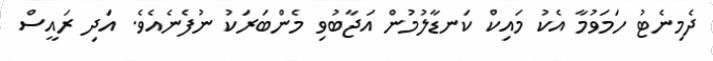
ދެމިނެޓު ހަމަވުމާ އެކު މައިކް ކަނޑާލުމުން އަޖާބުވި މެންބަރަކު ނުފެނެއެވެ. އަދި ރައީސް